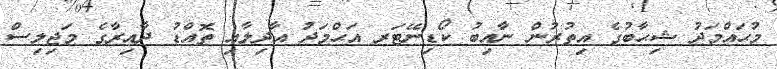
މުޙައްމަދު ޝިޙާބުގެ އިތުރުން ނާއިބު ކޯޑިނޭޓަރ އަޙްމަދު އާދިލާއި ތޮއްޑު ދާއިރާގެ މަޖިލިސް